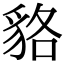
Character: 貉